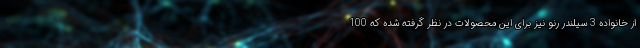
از خانواده 3 سیلندر رنو نیز برای این محصولات در نظر گرفته شده که 100